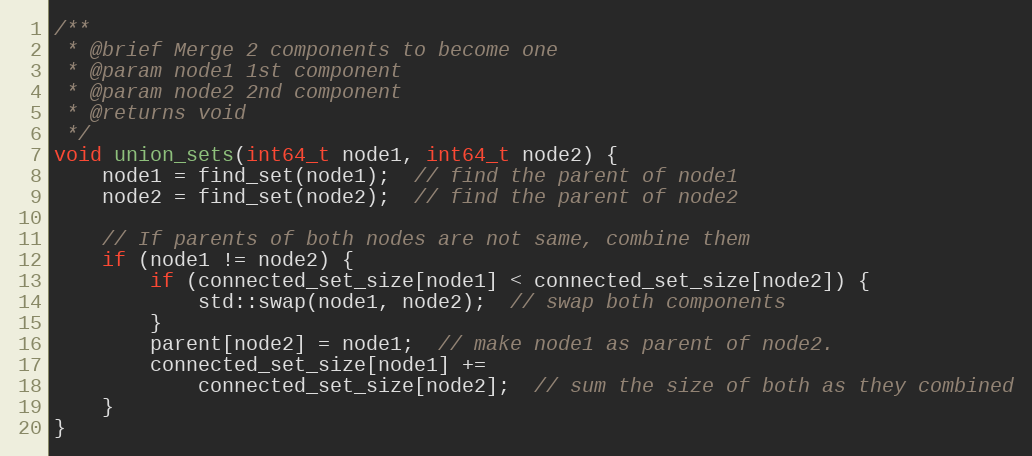
Language: C++
/**
 * @brief Merge 2 components to become one
 * @param node1 1st component
 * @param node2 2nd component
 * @returns void
 */
void union_sets(int64_t node1, int64_t node2) {
    node1 = find_set(node1);  // find the parent of node1
    node2 = find_set(node2);  // find the parent of node2

    // If parents of both nodes are not same, combine them
    if (node1 != node2) {
        if (connected_set_size[node1] < connected_set_size[node2]) {
            std::swap(node1, node2);  // swap both components
        }
        parent[node2] = node1;  // make node1 as parent of node2.
        connected_set_size[node1] +=
            connected_set_size[node2];  // sum the size of both as they combined
    }
}